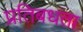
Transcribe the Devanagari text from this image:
प्रतिबधता